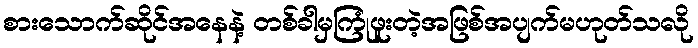
စားသောက်ဆိုင်အနေနဲ့ တစ်ခါမှကြုံဖူးတဲ့အဖြစ်အပျက်မဟုတ်သလို